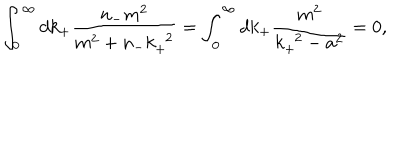
\int _ { 0 } ^ { \infty } d k _ { + } \frac { n _ { - } m ^ { 2 } } { m ^ { 2 } + n _ { - } k _ { + } ^ { \; \; 2 } } = \int _ { 0 } ^ { \infty } d k _ { + } \frac { m ^ { 2 } } { k _ { + } ^ { \; \; 2 } - a ^ { 2 } } = 0 ,